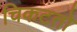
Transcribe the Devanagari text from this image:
चिकटतो